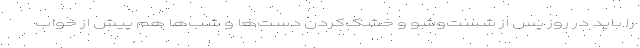
را باید در روز پس از شست‌وشو و خشک‌کردن دست‌ها و شب‌ها هم پیش از خواب